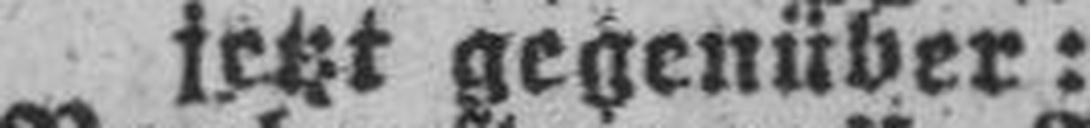
jetzt gegenüber: